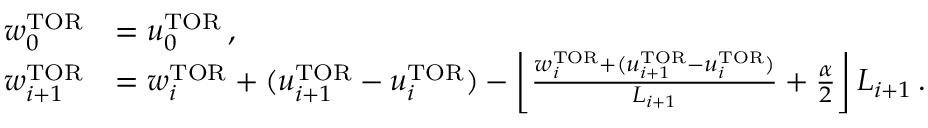
\begin{array} { r l } { w _ { 0 } ^ { \mathrm { T O R } } } & { = u _ { 0 } ^ { \mathrm { T O R } } \, , } \\ { w _ { i + 1 } ^ { \mathrm { T O R } } } & { = w _ { i } ^ { \mathrm { T O R } } + ( u _ { i + 1 } ^ { \mathrm { T O R } } - u _ { i } ^ { \mathrm { T O R } } ) - \left\lfloor \frac { w _ { i } ^ { \mathrm { T O R } } + ( u _ { i + 1 } ^ { \mathrm { T O R } } - u _ { i } ^ { \mathrm { T O R } } ) } { L _ { i + 1 } } + \frac { \alpha } { 2 } \right\rfloor L _ { i + 1 } \, . } \end{array}